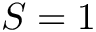
S = 1